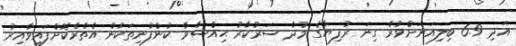
އަދި 6.9 ބިލިއަނަށްވުރެ ގިނަ ރުފިޔާގެ މުދާ ސަރުކާރު ޙިއްސާވާ ކުންފުނިތަކުން އެތެރެކޮށްފައިވާއިރު